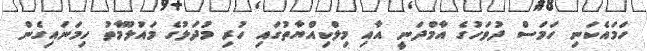
ހަމައެކަނި ހަމަސް ދުވަހުގެ އާމްދަނީ އާއި މިލްކިއްޔާތުގައި ހުރި މުދަލުގެ މައުލޫމާތު ހިމަނައިގެން